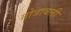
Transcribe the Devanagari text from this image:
गोत्रावली